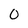
Character: 0